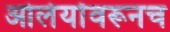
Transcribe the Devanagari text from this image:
ओर्लेयोंवरूनच